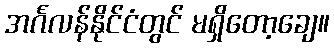
အင်္ဂလန်နိုင်ငံတွင် မရှိတော့ချေ။